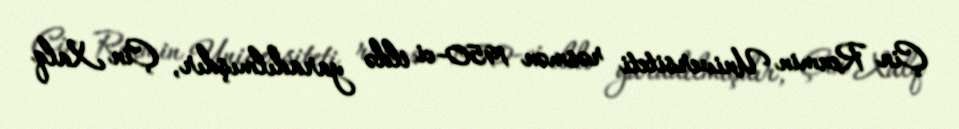
Çin Renmin Universiteti rəsmən 1950-ci ildə yaradılmışdır, Çin Xalq